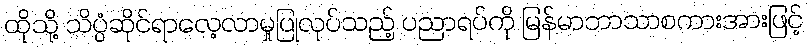
ထိုသို့ သိပ္ပံဆိုင်ရာလေ့လာမှုပြုလုပ်သည့် ပညာရပ်ကို မြန်မာဘာသာစကားအားဖြင့်